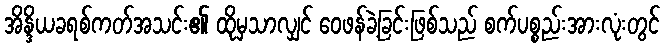
အိန္ဒိယခရစ်ကတ်အသင်း၏ ထိုမှသာလျှင် ဝေဖန်ခဲ့ခြင်းဖြစ်သည် စက်ပစ္စည်းအားလုံးတွင်